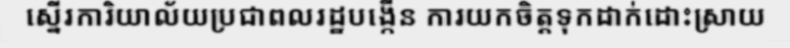
ស្នើរការិយាល័យប្រជាពលរដ្ឋបង្កើន ការយកចិត្តទុកដាក់ដោះស្រាយ